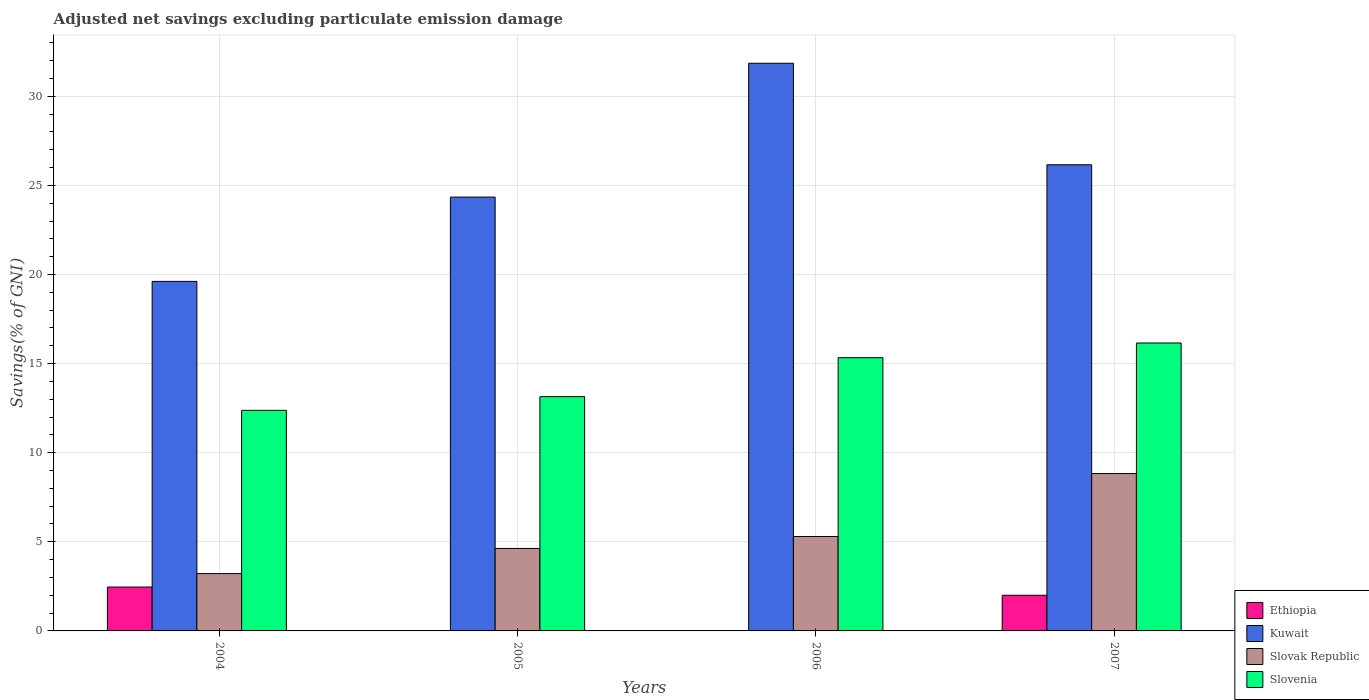
| Years | Ethiopia | Kuwait | Slovak Republic | Slovenia |
 | --- | --- | --- | --- | --- |
 | 2004 | 2.46 | 19.6 | 3.22 | 12.4 |
 | 2005 | -3.15 | 24.3 | 4.63 | 13.1 |
 | 2006 | -3.88 | 31.9 | 5.3 | 15.3 |
 | 2007 | 2 | 26.2 | 8.83 | 16.2 |